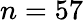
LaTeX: n=57